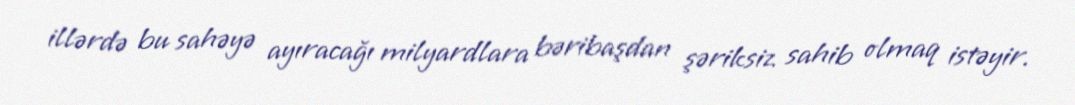
illərdə bu sahəyə ayıracağı milyardlara bəribaşdan şəriksiz sahib olmaq istəyir.